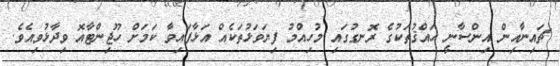
ޗައިނާއިން އިންސާނީ ޙައްޤުތަކުގެ ރޮނގުގައި މުހިއްމު ފިޔަވަޅުތަކެއް އަޅާފައިވާ ކަމަށް ހޫޖިންޓާއޮ ވިދާޅުވިއެވެ.